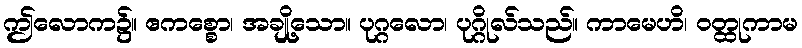
ဤလောက၌။ ဧကစ္စော၊ အချို့သော။ ပုဂ္ဂလော၊ ပုဂ္ဂိုလ်သည်။ ကာမေဟိ၊ ဝတ္ထုကာမ